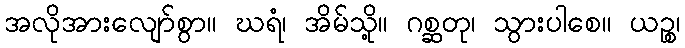
အလိုအားလျော်စွာ။ ဃရံ၊ အိမ်သို့။ ဂစ္ဆတု၊ သွားပါစေ။ ယဉ္စ၊